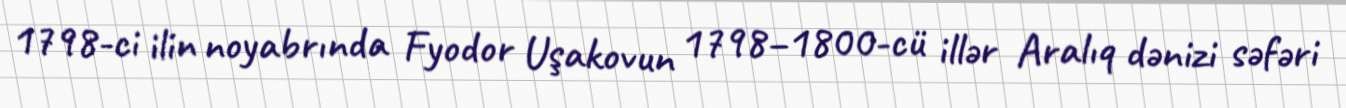
1798-ci ilin noyabrında Fyodor Uşakovun 1798–1800-cü illər Aralıq dənizi səfəri